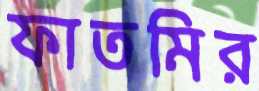
ফাতমির